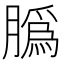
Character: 𦠽